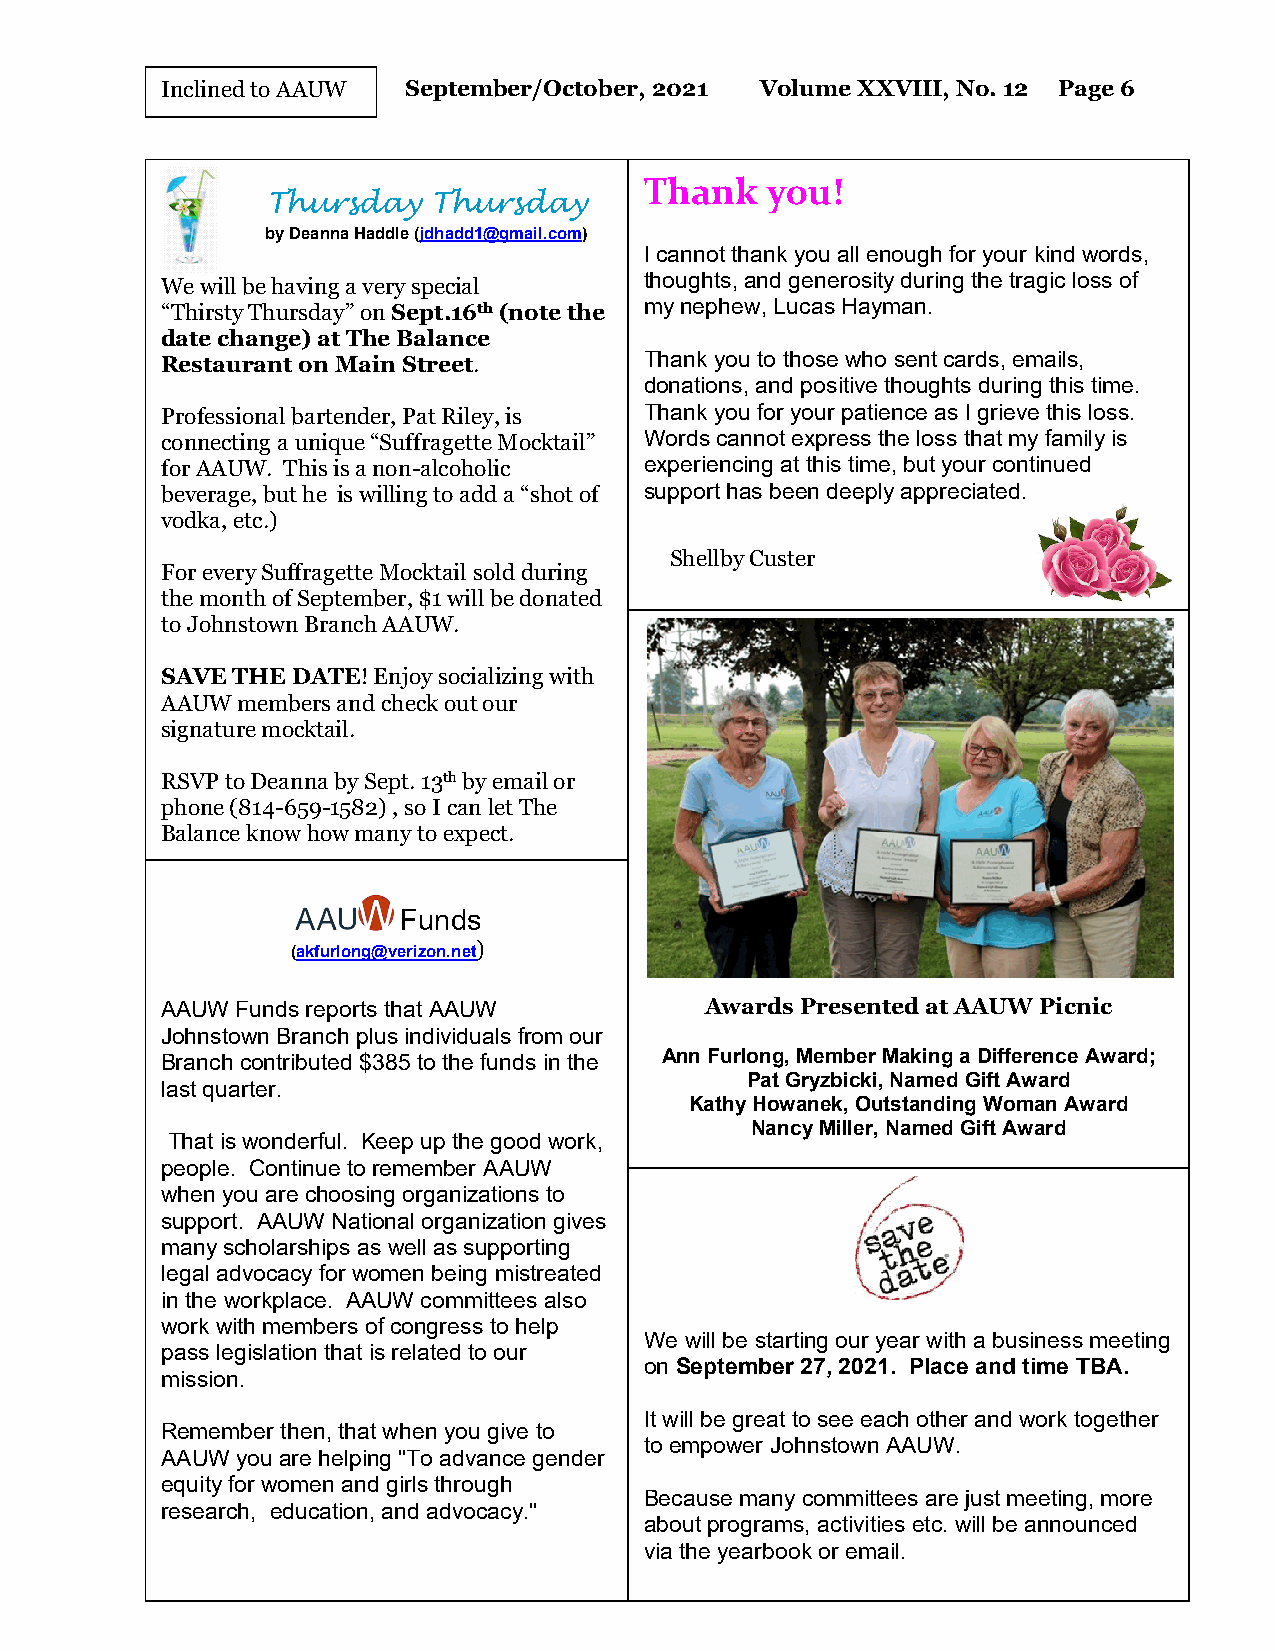
I n clined t o AAUW September/October, 2021 Volume XXVIII, No. 12 Page 6
 Thank   you!
 Thursday   Thursday
 by Deanna Haddle (jdhadd1@gmail.com)
 I cannot thank you all enough for your kind words,
 We will be having a very special thoughts, and generosity during the tragic loss of
 “Thirsty Thursday” on Sept.16th (note the my nephew, Lucas Hayman.
 date change) at The Balance
 Restaurant on Main Street.      Thank you to those who sent cards, emails,
 donations, and positive thoughts during this time.
 Professional bartender, Pat Riley, is Thank you for your patience as I grieve this loss.
 connecting a unique “Suffragette Mocktail” Words cannot express the loss that my family is
 for AAUW. This is a non-alcoholic experiencing at this time, but your continued
 beverage, but he is willing to add a “shot of support has been deeply appreciated.
 vodka, etc.)
 Shellby Custer
 For every Suffragette Mocktail sold during
 the month of September, $1 will be donated
 to Johnstown Branch AAUW.
 SAVE THE DATE! Enjoy socializing with
 AAUW members and check out our
 signature mocktail.
 RSVP to Deanna by Sept. 13th by email or
 phone (814-659-1582) , so I can let The
 Balance know how many to expect.
 Funds
 (akfurlong@verizon.net)
 AAUW Funds reports that AAUW        Awards Presented at AAUW Picnic
 Johnstown Branch plus individuals from our
 Branch contributed $385 to the funds in the Ann Furlong, Member Making a Difference Award;
 Pat Gryzbicki, Named Gift Award
 last quarter.
 Kathy Howanek, Outstanding Woman Award
 Nancy Miller, Named Gift Award
 That is wonderful. Keep up the good work,
 people. Continue to remember AAUW
 when you are choosing organizations to
 support. AAUW National organization gives
 many scholarships as well as supporting
 legal advocacy for women being mistreated
 in the workplace. AAUW committees also
 work with members of congress to help
 We will be starting our year with a business meeting
 pass legislation that is related to our
 on September 27, 2021. Place and time TBA.
 mission.
 It will be great to see each other and work together
 Remember then, that when you give to
 to empower Johnstown AAUW.
 AAUW you are helping "To advance gender
 equity for women and girls through
 Because many committees are just meeting, more
 research, education, and advocacy."
 about programs, activities etc. will be announced
 via the yearbook or email.